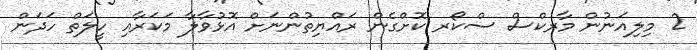
2 މިލިއަނުން މާރކްސް ސްކޯރ ކޮށްގެން ރައްޔިތުންނަށް އޮޅުވާލާ މަކަރާއި ހީލަތް ހަދަން